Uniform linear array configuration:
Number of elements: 32
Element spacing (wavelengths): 0.75
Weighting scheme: binomial
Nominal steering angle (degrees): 0
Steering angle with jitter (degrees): -1.083
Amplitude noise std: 0.05
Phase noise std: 0.05

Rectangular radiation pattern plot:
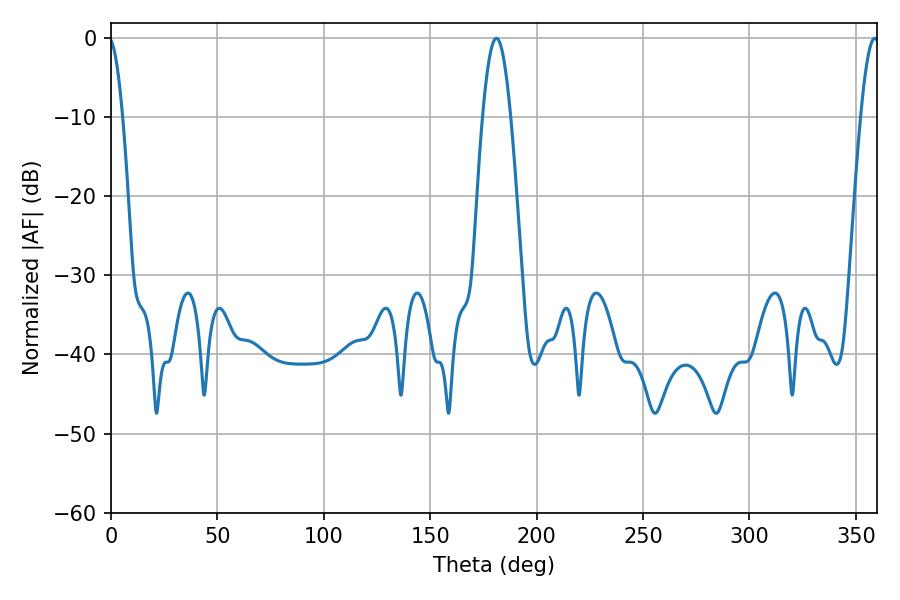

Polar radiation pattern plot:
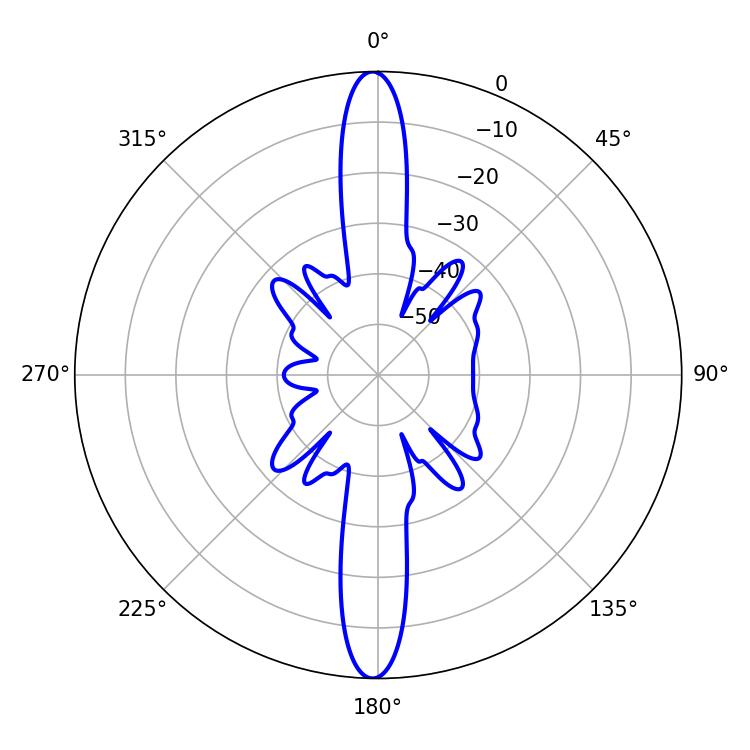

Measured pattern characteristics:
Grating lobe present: TRUE
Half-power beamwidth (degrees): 7.2
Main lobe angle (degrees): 181.08